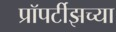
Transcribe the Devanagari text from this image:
प्रॉपर्टीझच्या